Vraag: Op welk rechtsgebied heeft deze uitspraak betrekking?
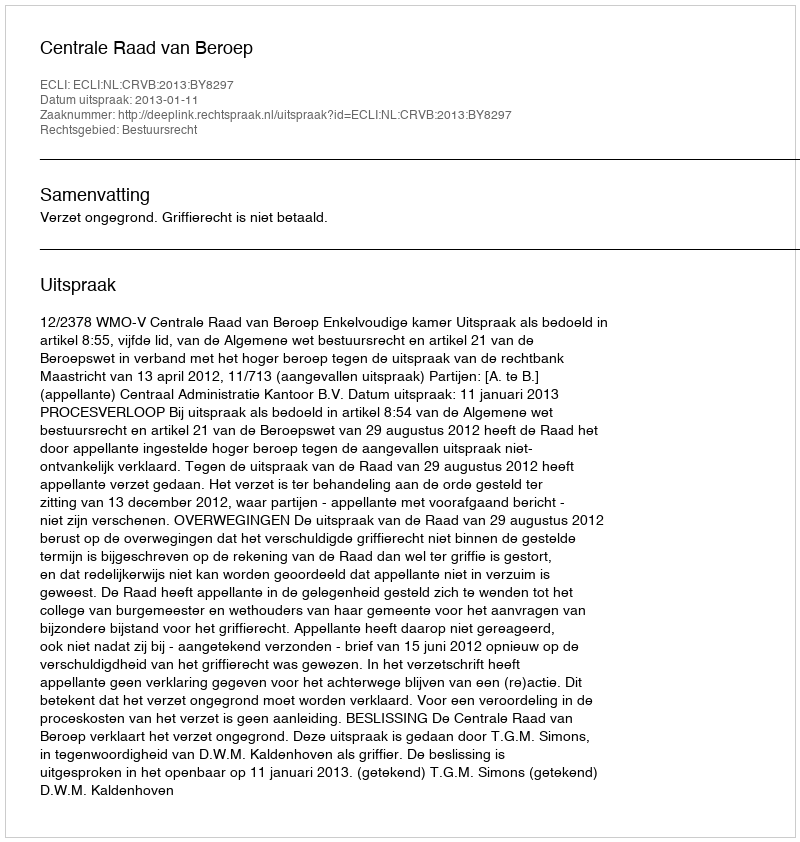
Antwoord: Bestuursrecht